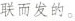
联而发的。